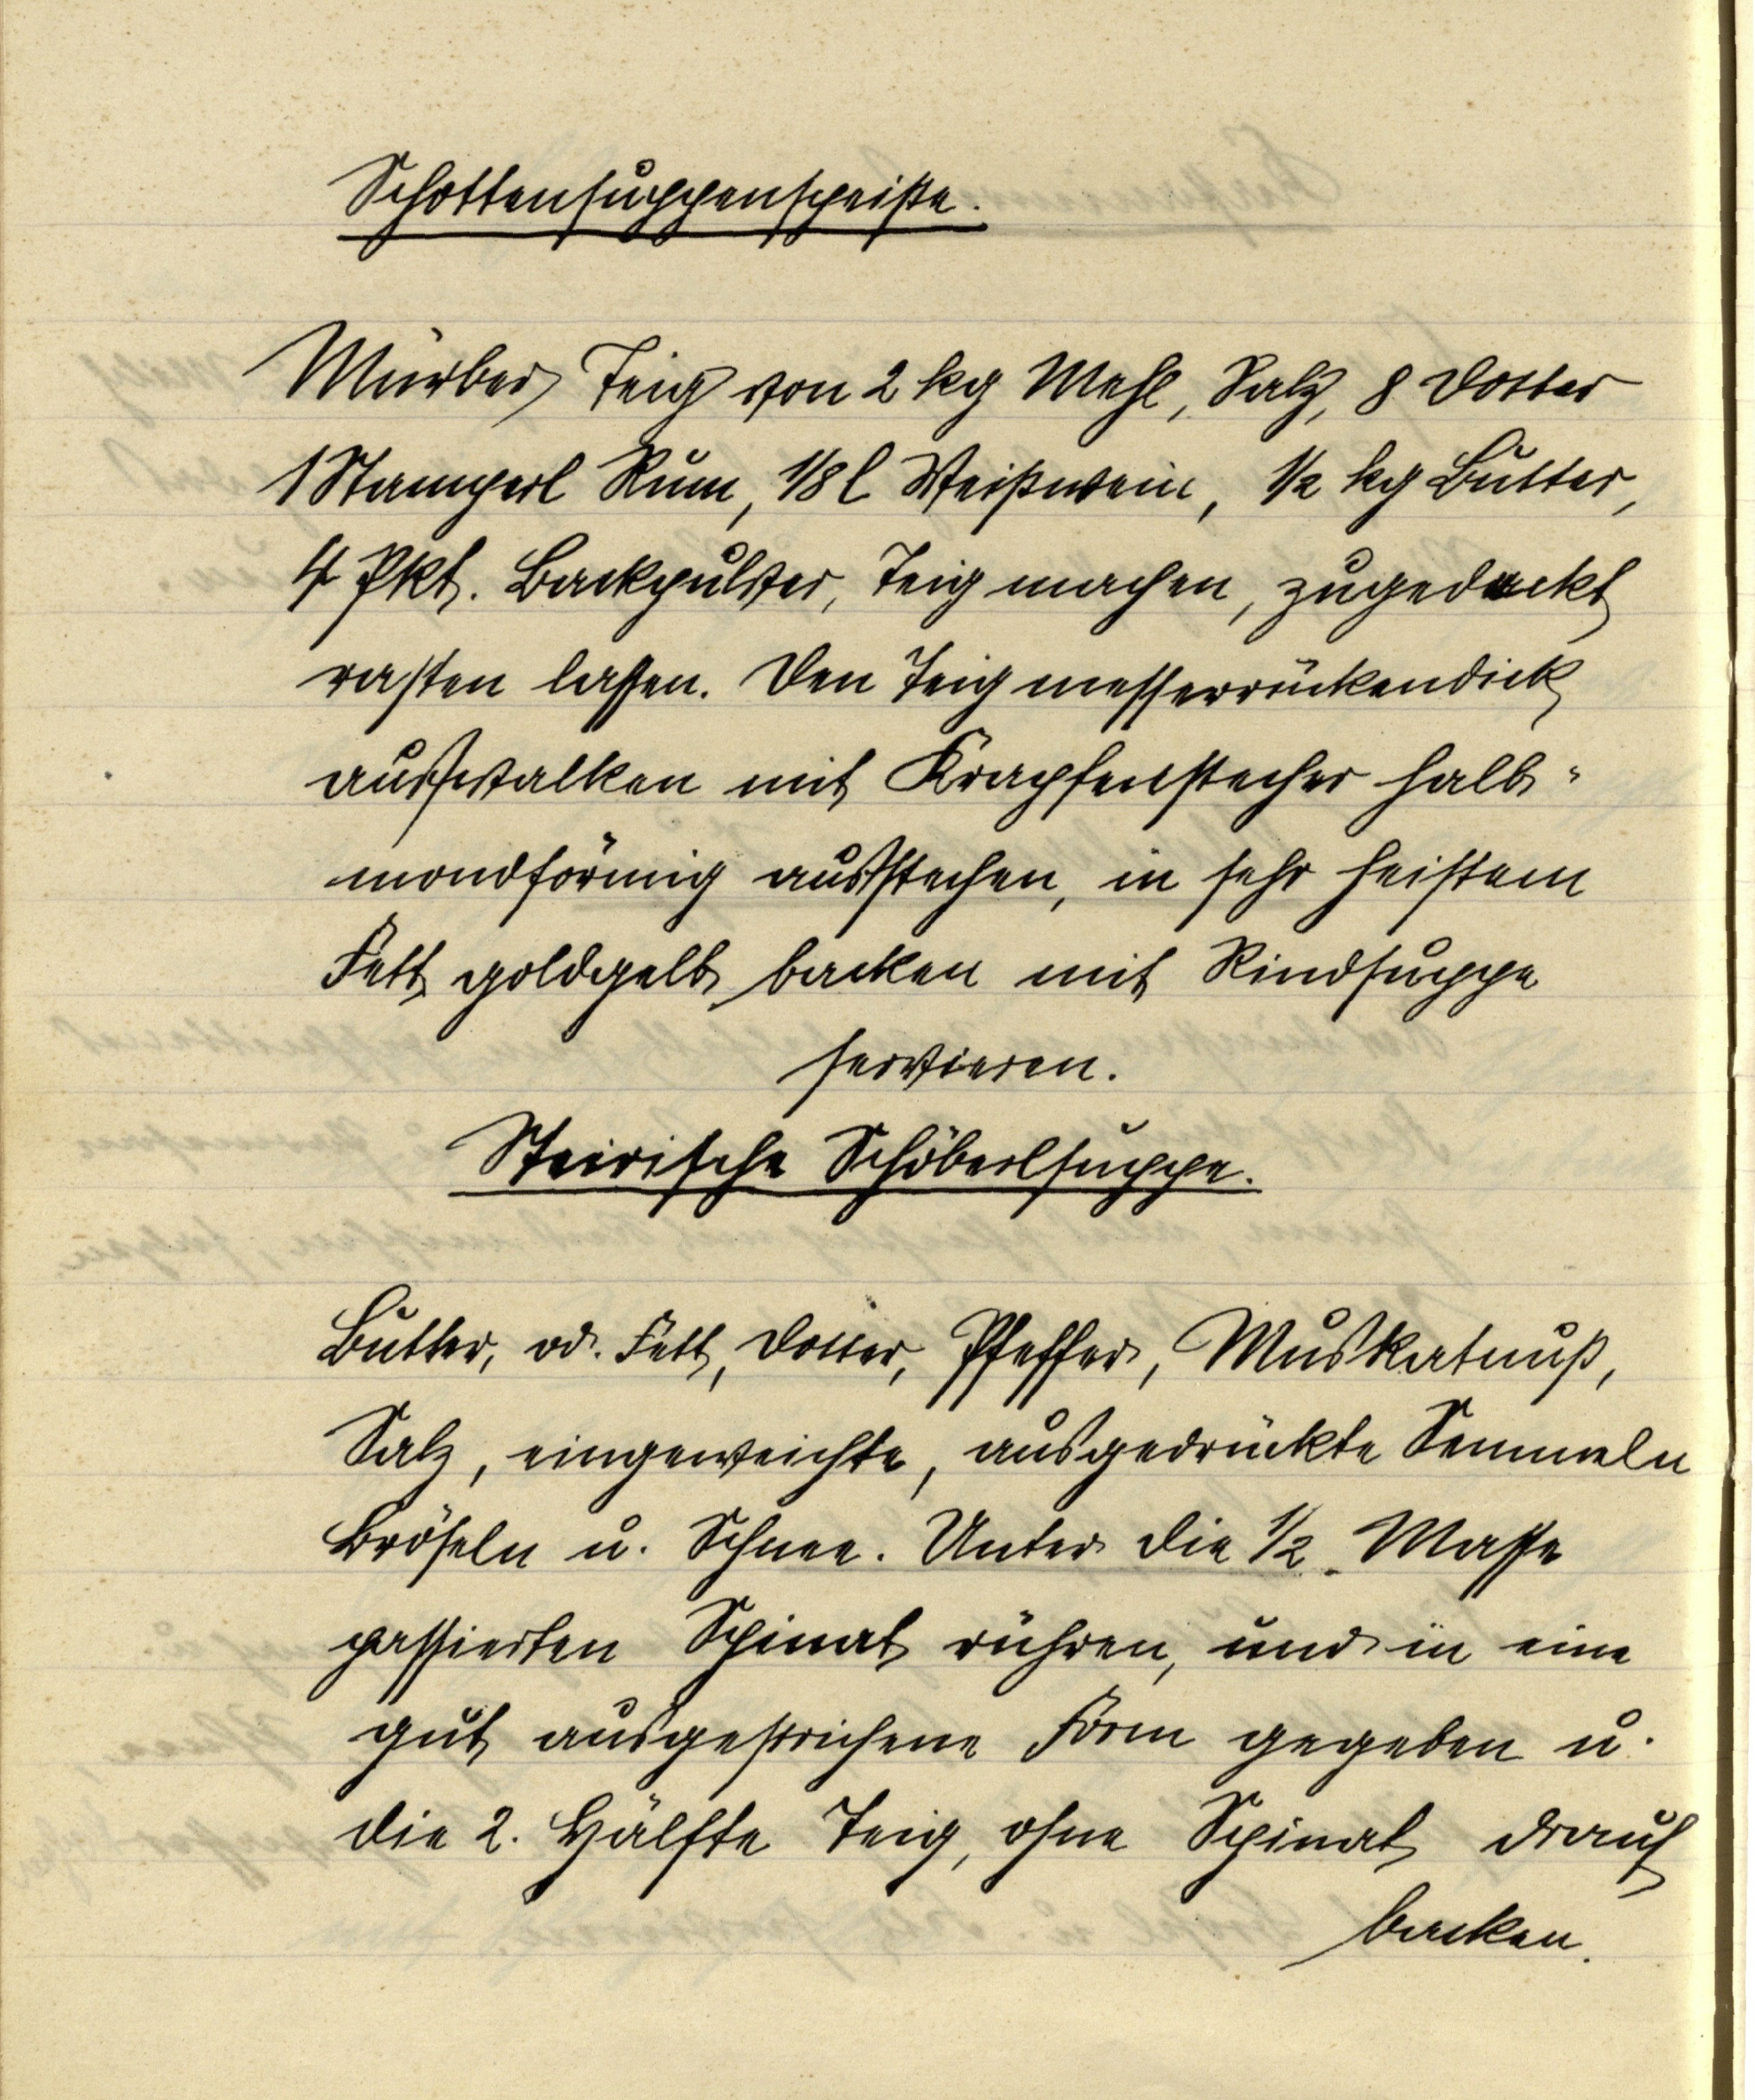
Schottensuchcenspheiße.

Mürber Teig von 2 kg Mehl, Salg, 8 Dotter
1 Stamperl Rum, ⅛ l Weißwein, ½ kg Butter
4 Pkt. Backpulver, Teig machen, zugedackt
rasten lassen. Den Teig messerrückendick
auswalken mit Krapfenstecher halb
mondförmig ausstechen, in sehr heistem
Fett goldgelb backen mit Rindsuppe
servieren.

Steirische Schöberlsuppe.

Butter, od. Fett, Dotter, Pfeffer, Muskatnuß,
Salz, eingeweichte, ausgedrückte Semmeln
Bröseln u. Schnee. Unter die ½ Masse
passierten Schinat rühren, und in eine
gut ausgestrichene Form gegeben u.
die 2. Halfte Teig, ohne Scinat drauf
backen.